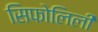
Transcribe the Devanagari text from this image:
सिफोलिली